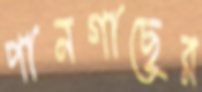
পানগাছের